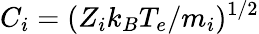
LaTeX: C_{i}=(Z_{i}k_{B}T_{e}/m_{i})^{1/2}